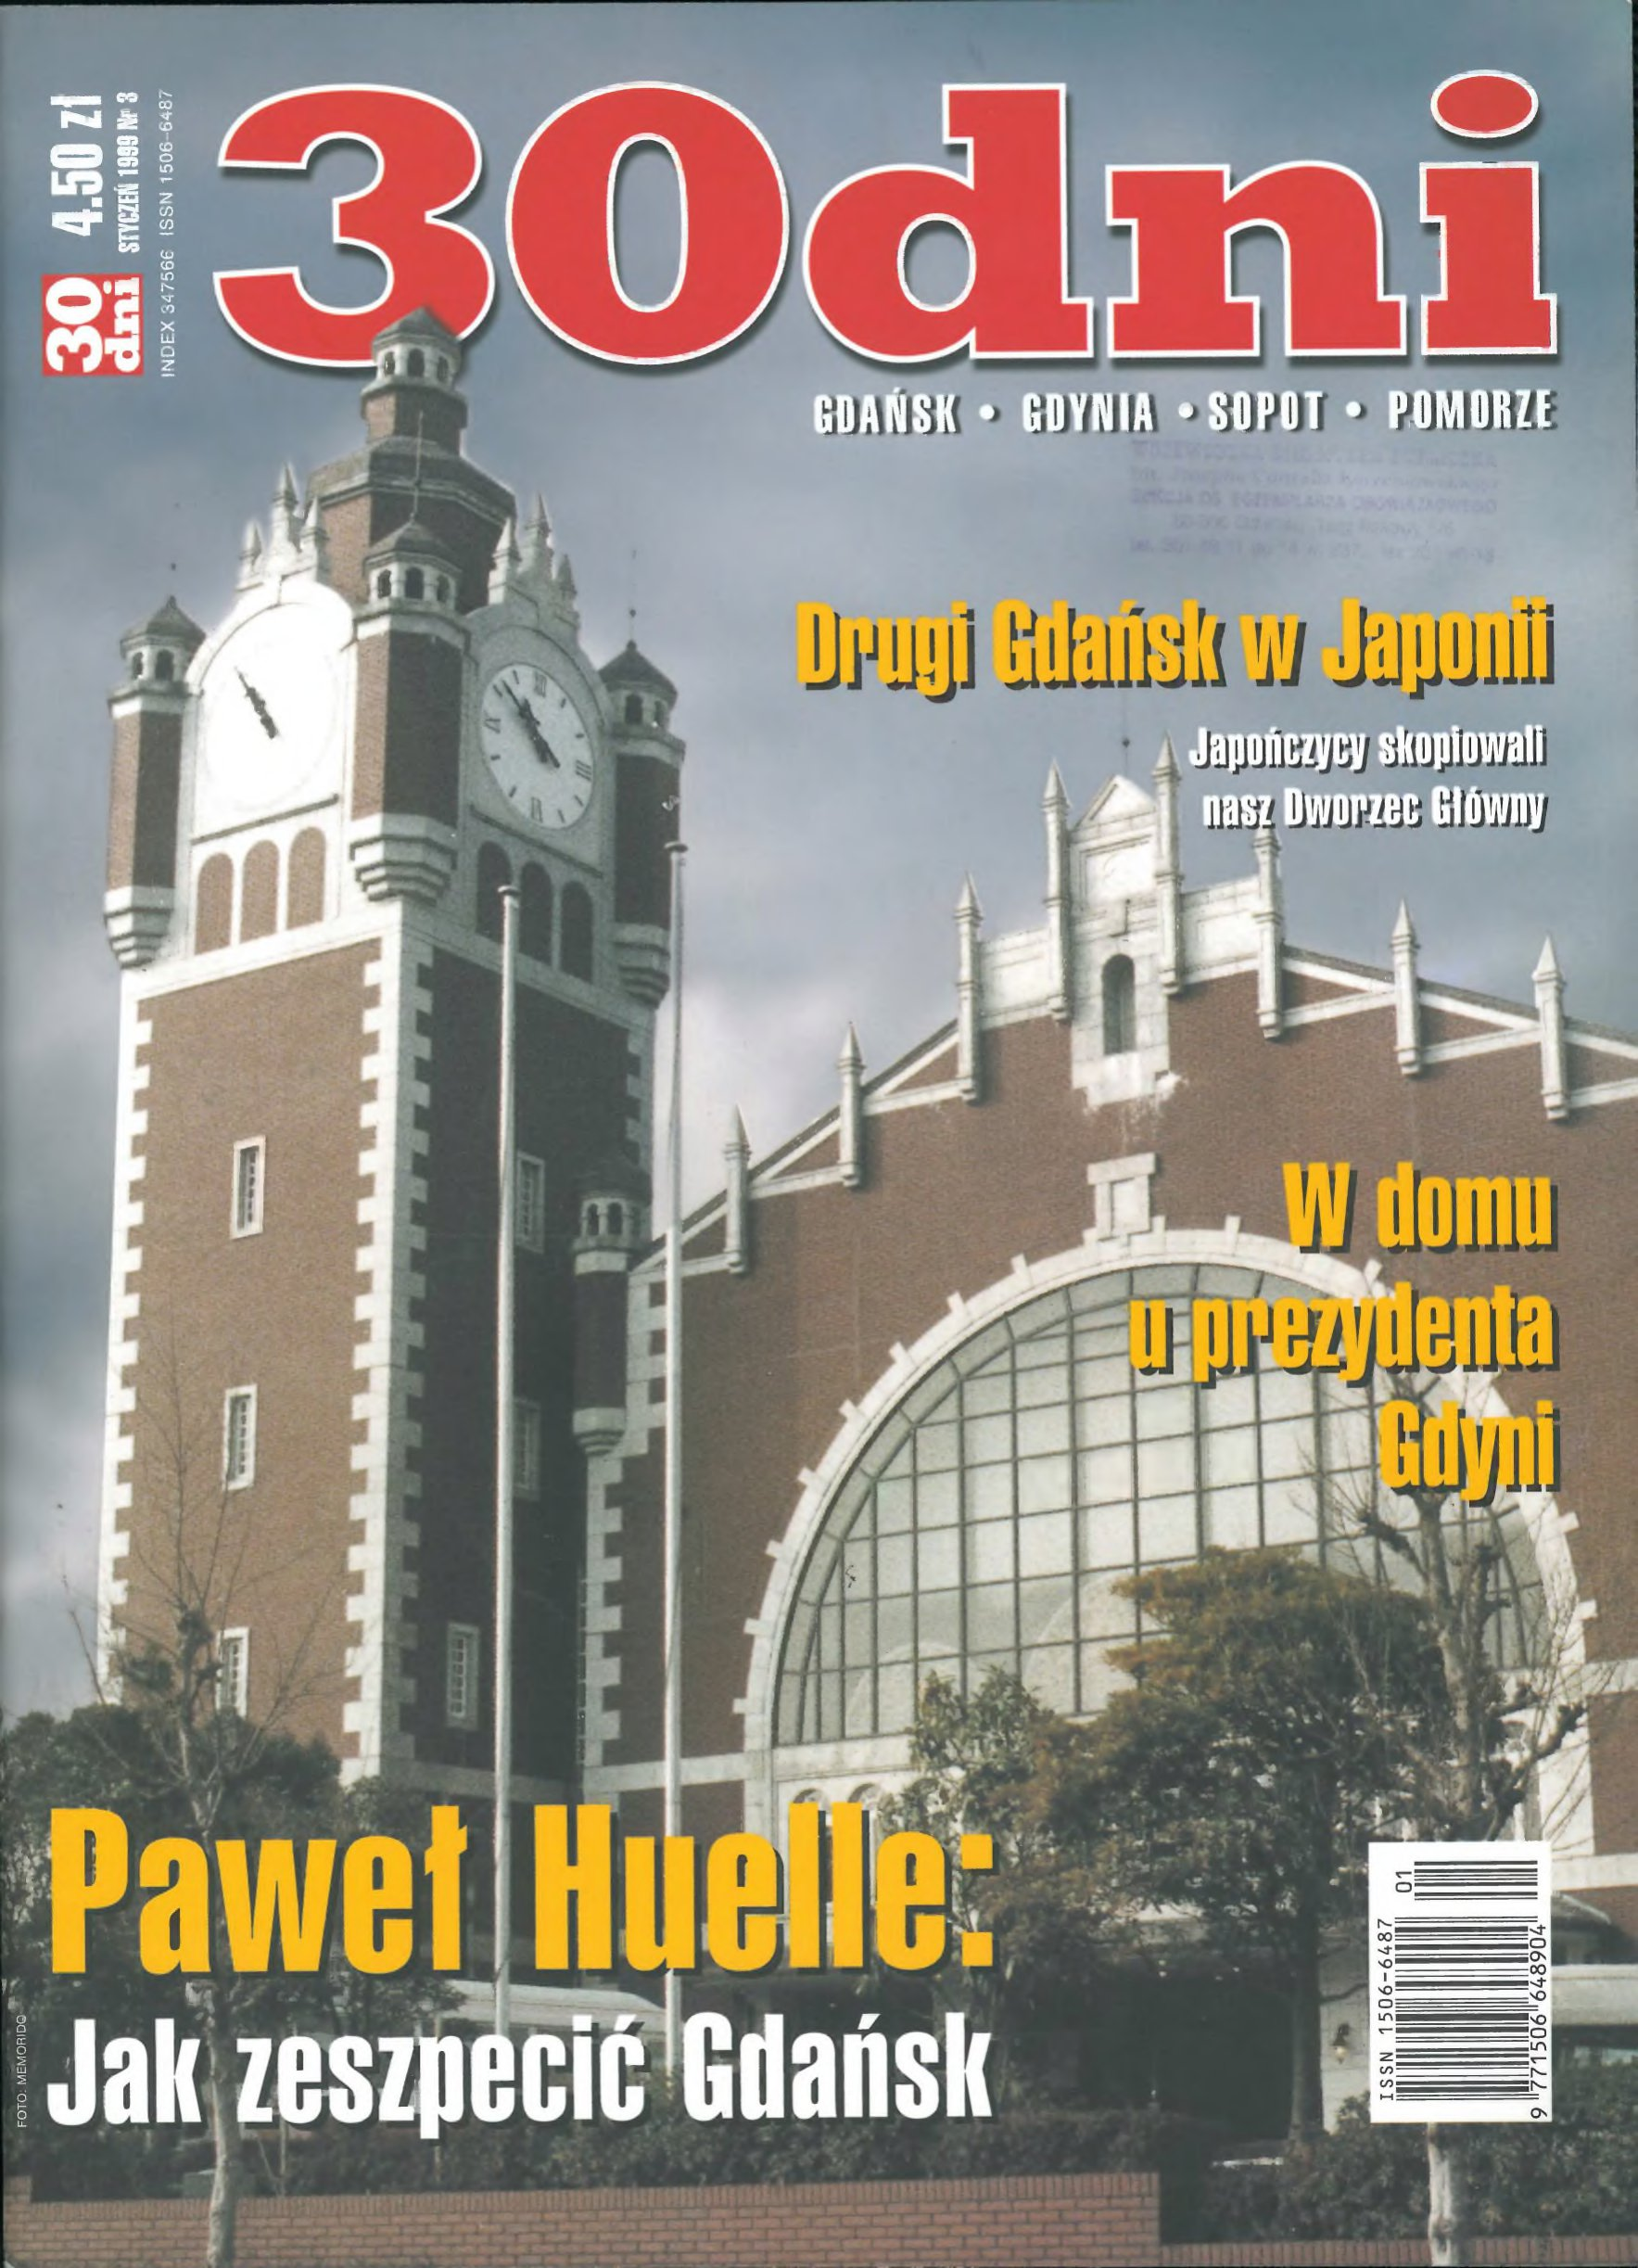
Language: pl